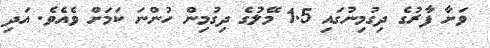
ވަށާ ފާރުގެ ދިގުމިނުގައި 1.5 މޭލުގެ ދިގުމިން ހުންނަ ކަމަށް ވެއެވެ. އަދި